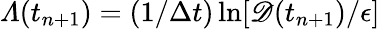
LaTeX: \varLambda(t_{n+1})=(1/\Delta t)\ln[\mathscr{D}(t_{n+1})/\epsilon]